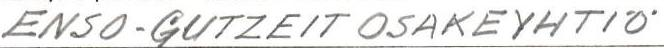
ENSO-GUTZEIT OSAKEYHTIÖ